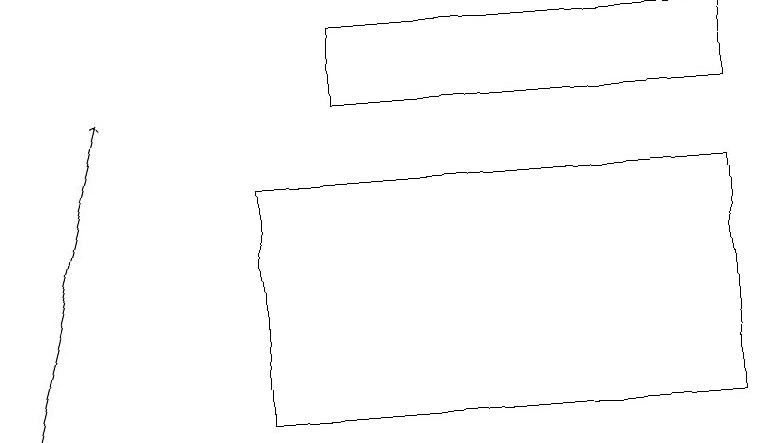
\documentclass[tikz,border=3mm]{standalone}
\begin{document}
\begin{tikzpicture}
\draw (9,17) rectangle (3,14);
\draw (4,19) rectangle (9,18);
\draw[->] (0,14) -- (1,18);
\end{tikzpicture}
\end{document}